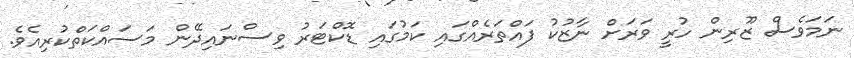
ނަމަވެސް ޒޫރިން ހުރީ ވަރަށް ނާޒުކު ފައްތަރެއްގައި ކަމުގައި ޑޮކްޓަރު ވިސްނައިދޭން މަސައްކަތްކުރިއެވެ.